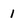
Character: 1